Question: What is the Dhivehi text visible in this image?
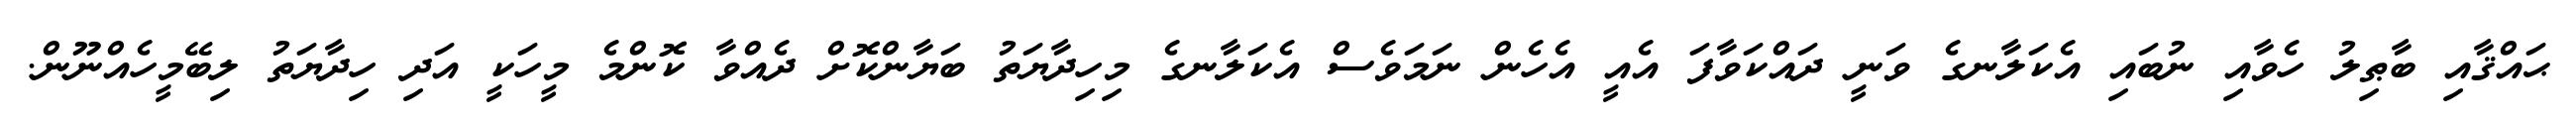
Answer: ޙައްޤާއި ބާޠިލު ހެވާއި ނުބައި އެކަލާނގެ ވަނީ ދައްކަވާފަ އެއީ އެހެން ނަމަވެސް އެކަލާނގެ މިހިދާޔަތު ބަޔާންކޮށް ދެއްވާ ކޮންމެ މީހަކީ އަދި ހިދާޔަތު ލިބޭމީހެއްނޫން.